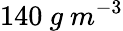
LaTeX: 140\ g\ m^{-3}